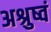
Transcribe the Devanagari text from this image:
अश्रुष्वं